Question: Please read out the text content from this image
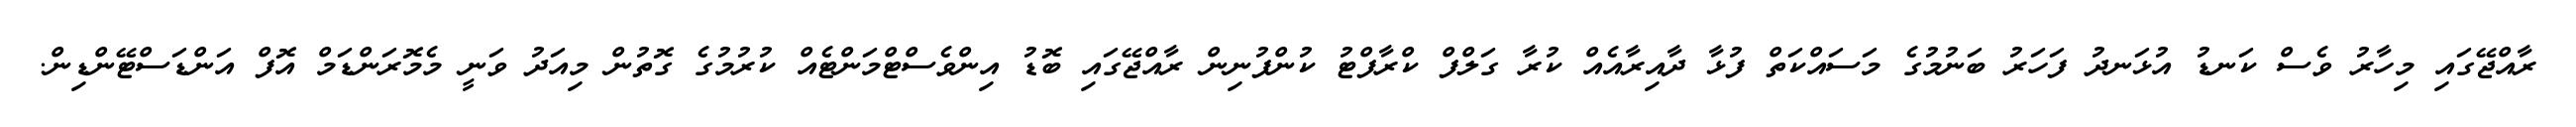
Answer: ރާއްޖޭގައި މިހާރު ވެސް ކަނޑު އުޅަނދު ފަހަރު ބަނުމުގެ މަސައްކަތް ފުޅާ ދާއިރާއެއް ކުރާ ގަލްފް ކްރާފްޓު ކުންފުނިން ރާއްޖޭގައި ބޮޑު އިންވެސްޓްމަންޓެއް ކުރުމުގެ ގޮތުން މިއަދު ވަނީ މެމޮރަންޑަމް އޮފް އަންޑަސްޓޭންޑިން.